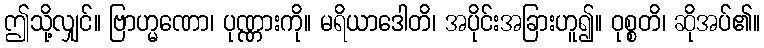
ဤသို့လျှင်။ ဗြာဟ္မဏော၊ ပုဏ္ဏားကို။ မရိယာဒေါတိ၊ အပိုင်းအခြားဟူ၍။ ဝုစ္စတိ၊ ဆိုအပ်၏။